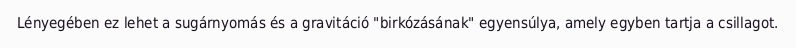
Lényegében ez lehet a sugárnyomás és a gravitáció "birkózásának" egyensúlya, amely egyben tartja a csillagot.